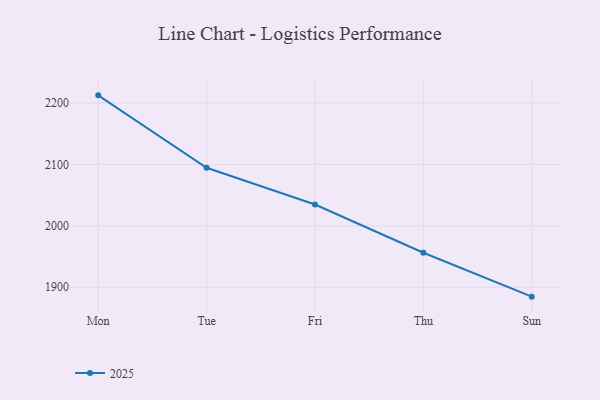
{"axis": {"x": "Day", "y": "Tickets Resolved"}, "legend": ["2025"], "data": [{"x": "Mon", "y": 2212.6, "type": "2025"}, {"x": "Tue", "y": 2094.6, "type": "2025"}, {"x": "Fri", "y": 2034.7, "type": "2025"}, {"x": "Thu", "y": 1956.1, "type": "2025"}, {"x": "Sun", "y": 1884.6, "type": "2025"}]}